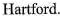
Hartford.